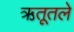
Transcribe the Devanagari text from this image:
ऋतूतले